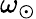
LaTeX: \omega_{\odot}